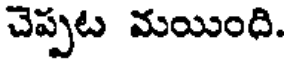
చెప్పట మయింది.